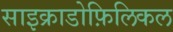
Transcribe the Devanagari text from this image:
साइक्राडोफ़िलिकल